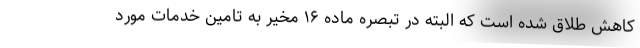
کاهش طلاق شده است که البته در تبصره ماده ۱۶ مخیر به تامین خدمات مورد